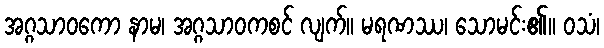
အဂ္ဂသာဝကော နာမ၊ အဂ္ဂသာဝကစင် လျက်။ မရဏဿ၊ သောမင်း၏။ ဝသံ၊